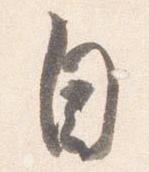
自